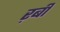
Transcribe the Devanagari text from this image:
ऱबी